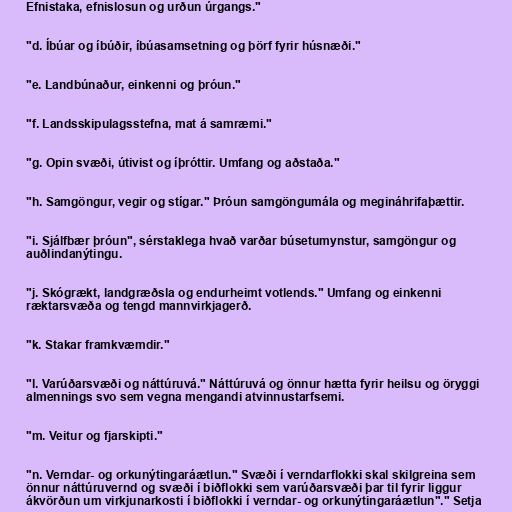
Efnistaka, efnislosun og urðun úrgangs."

"d. Íbúar og íbúðir, íbúasamsetning og þörf fyrir húsnæði."

"e. Landbúnaður, einkenni og þróun."

"f. Landsskipulagsstefna, mat á samræmi."

"g. Opin svæði, útivist og íþróttir. Umfang og aðstaða."

"h. Samgöngur, vegir og stígar." Þróun samgöngumála og megináhrifaþættir.

"i. Sjálfbær þróun", sérstaklega hvað varðar búsetumynstur, samgöngur og
auðlindanýtingu.

"j. Skógrækt, landgræðsla og endurheimt votlends." Umfang og einkenni
ræktarsvæða og tengd mannvirkjagerð.

"k. Stakar framkvæmdir."

"l. Varúðarsvæði og náttúruvá." Náttúruvá og önnur hætta fyrir heilsu og öryggi
almennings svo sem vegna mengandi atvinnustarfsemi.

"m. Veitur og fjarskipti."

"n. Verndar- og orkunýtingaráætlun." Svæði í verndarflokki skal skilgreina sem
önnur náttúruvernd og svæði í biðflokki sem varúðarsvæði þar til fyrir liggur
ákvörðun um virkjunarkosti í biðflokki í verndar- og orku­nýt­ingaráætlun"." Setja